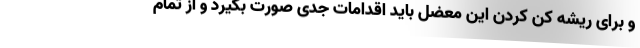
و برای ریشه کن کردن این معضل باید اقدامات جدی صورت بگیرد و از تمام